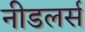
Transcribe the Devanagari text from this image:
नीडलर्स